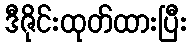
ဒီဇိုင်းထုတ်ထားပြီး